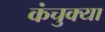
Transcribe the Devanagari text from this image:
कंचुक्या